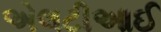
એલટીઆઈ